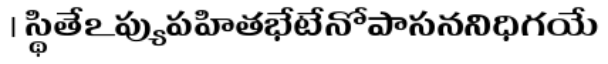
। స్థితేఽప్యుపహితభేటేనోపాసననిధిగయే